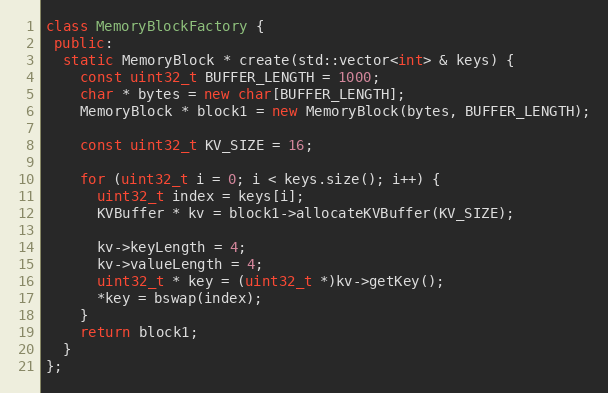
Language: C++
class MemoryBlockFactory {
 public:
  static MemoryBlock * create(std::vector<int> & keys) {
    const uint32_t BUFFER_LENGTH = 1000;
    char * bytes = new char[BUFFER_LENGTH];
    MemoryBlock * block1 = new MemoryBlock(bytes, BUFFER_LENGTH);

    const uint32_t KV_SIZE = 16;

    for (uint32_t i = 0; i < keys.size(); i++) {
      uint32_t index = keys[i];
      KVBuffer * kv = block1->allocateKVBuffer(KV_SIZE);

      kv->keyLength = 4;
      kv->valueLength = 4;
      uint32_t * key = (uint32_t *)kv->getKey();
      *key = bswap(index);
    }
    return block1;
  }
};